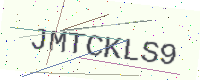
Text: JMTCKLS9